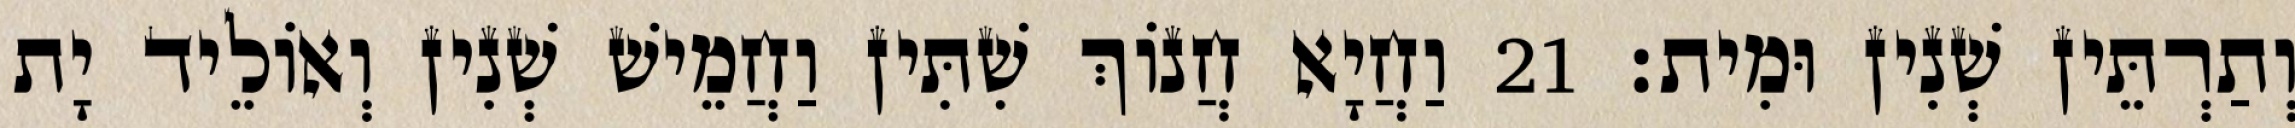
וְתַרְתֵּין שְׁנִין וּמִית׃ 21 וַחֲיָא חֲנוֹךְ שִׁתִּין וַחֲמֵישׁ שְׁנִין וְאוֹלֵיד יָת